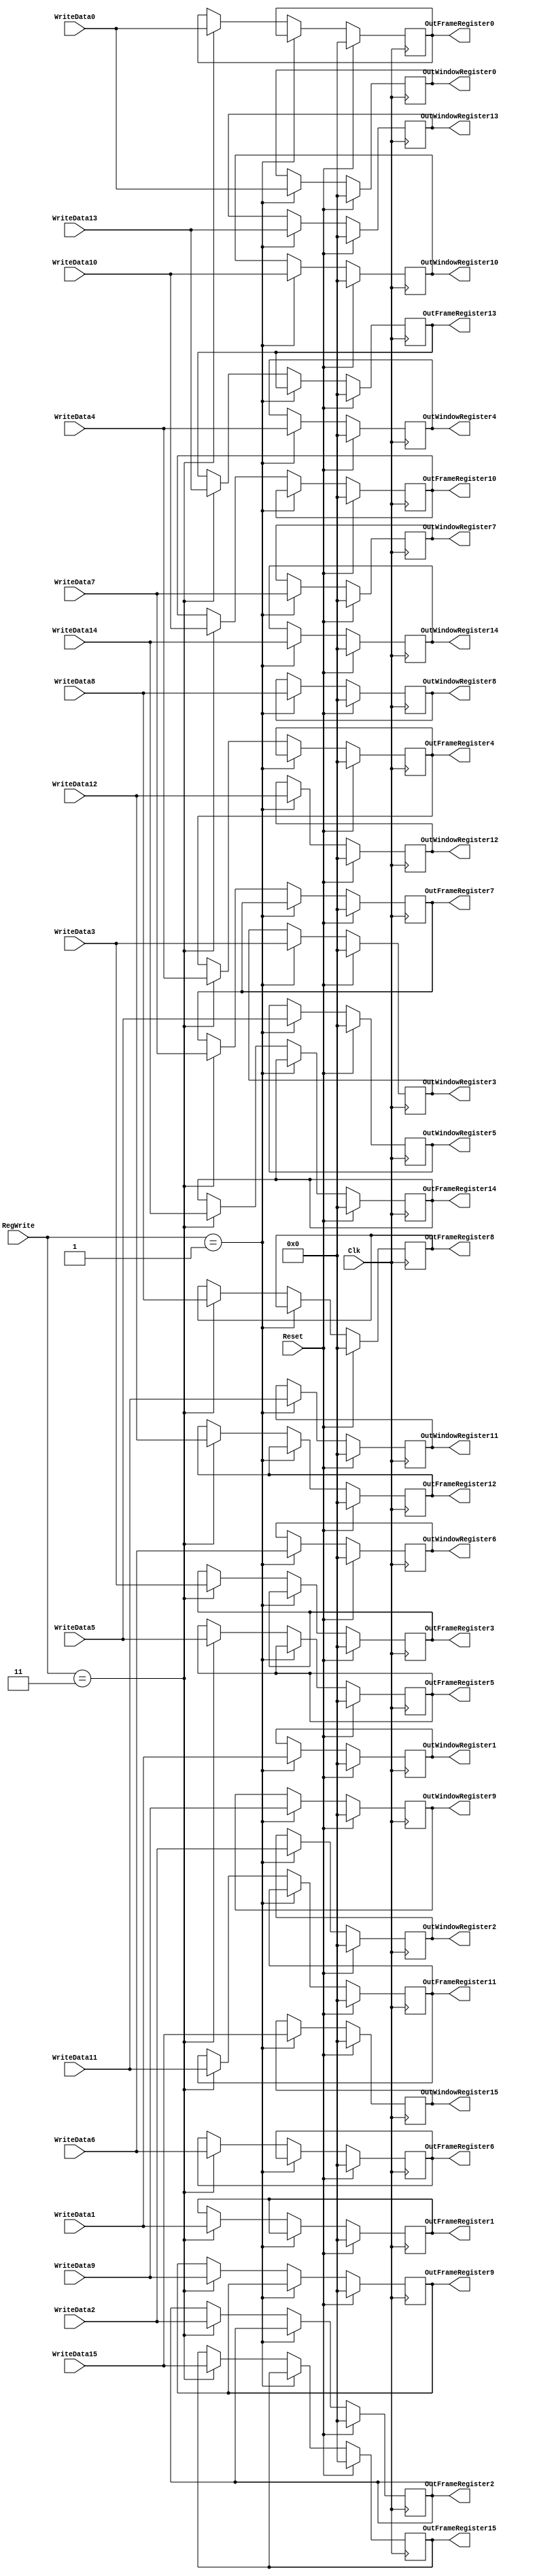
`timescale 1ns / 1ps

module SadRegister(
RegWrite,
Clk,
Reset,

WriteData0,
WriteData1,
WriteData2,
WriteData3,
WriteData4,
WriteData5,
WriteData6,
WriteData7,
WriteData8,
WriteData9,
WriteData10,
WriteData11,
WriteData12,
WriteData13,
WriteData14,
WriteData15,

OutWindowRegister0,
OutWindowRegister1,
OutWindowRegister2,
OutWindowRegister3,
OutWindowRegister4,
OutWindowRegister5,
OutWindowRegister6,
OutWindowRegister7,
OutWindowRegister8,
OutWindowRegister9,
OutWindowRegister10,
OutWindowRegister11,
OutWindowRegister12,
OutWindowRegister13,
OutWindowRegister14,
OutWindowRegister15,

OutFrameRegister0,
OutFrameRegister1,
OutFrameRegister2,
OutFrameRegister3,
OutFrameRegister4,
OutFrameRegister5,
OutFrameRegister6,
OutFrameRegister7,
OutFrameRegister8,
OutFrameRegister9,
OutFrameRegister10,
OutFrameRegister11,
OutFrameRegister12,
OutFrameRegister13,
OutFrameRegister14,
OutFrameRegister15

);

    input [31:0] WriteData0;
    input [31:0] WriteData1;
    input [31:0] WriteData2;
    input [31:0] WriteData3;
    input [31:0] WriteData4;
    input [31:0] WriteData5;
    input [31:0] WriteData6;
    input [31:0] WriteData7;
    input [31:0] WriteData8;
    input [31:0] WriteData9;
    input [31:0] WriteData10;
    input [31:0] WriteData11;
    input [31:0] WriteData12;
    input [31:0] WriteData13;
    input [31:0] WriteData14;
    input [31:0] WriteData15;

    output reg [31:0] OutWindowRegister0;
    output reg [31:0] OutWindowRegister1;
    output reg [31:0] OutWindowRegister2;
    output reg [31:0] OutWindowRegister3;
    output reg [31:0] OutWindowRegister4;
    output reg [31:0] OutWindowRegister5;
    output reg [31:0] OutWindowRegister6;
    output reg [31:0] OutWindowRegister7;
    output reg [31:0] OutWindowRegister8;
    output reg [31:0] OutWindowRegister9;
    output reg [31:0] OutWindowRegister10;
    output reg [31:0] OutWindowRegister11;
    output reg [31:0] OutWindowRegister12;
    output reg [31:0] OutWindowRegister13;
    output reg [31:0] OutWindowRegister14;
    output reg [31:0] OutWindowRegister15;
    
    output reg [31:0] OutFrameRegister0;
    output reg [31:0] OutFrameRegister1;
    output reg [31:0] OutFrameRegister2;
    output reg [31:0] OutFrameRegister3;
    output reg [31:0] OutFrameRegister4;
    output reg [31:0] OutFrameRegister5;
    output reg [31:0] OutFrameRegister6;
    output reg [31:0] OutFrameRegister7;
    output reg [31:0] OutFrameRegister8;
    output reg [31:0] OutFrameRegister9;
    output reg [31:0] OutFrameRegister10;
    output reg [31:0] OutFrameRegister11;
    output reg [31:0] OutFrameRegister12;
    output reg [31:0] OutFrameRegister13;
    output reg [31:0] OutFrameRegister14;
    output reg [31:0] OutFrameRegister15;
    
    input [1:0] RegWrite;
    input Clk;
    input Reset;
    
    integer i;

    reg [31:0] registers[31:0];

    initial begin
        for (i = 0; i < 32; i = i + 1) begin
            registers[i] <= 32'b0;
        end
 
    end

	always @(*) begin//every time a new posedge of clock is hit, execute inner loop.
	
        OutWindowRegister0 <= registers[0];
        OutWindowRegister1 <= registers[1];
        OutWindowRegister2 <= registers[2];
        OutWindowRegister3 <= registers[3];
        OutWindowRegister4 <= registers[4];
        OutWindowRegister5 <= registers[5];
        OutWindowRegister6 <= registers[6];
        OutWindowRegister7 <= registers[7];
        OutWindowRegister8 <= registers[8];
        OutWindowRegister9 <= registers[9];
        OutWindowRegister10 <= registers[10];
        OutWindowRegister11 <= registers[11];
        OutWindowRegister12 <= registers[12];
        OutWindowRegister13 <= registers[13];
        OutWindowRegister14 <= registers[14];
        OutWindowRegister15 <= registers[15];
	
        OutFrameRegister0 <= registers[16];
        OutFrameRegister1 <= registers[17];
        OutFrameRegister2 <= registers[18];
        OutFrameRegister3 <= registers[19];
        OutFrameRegister4 <= registers[20];
        OutFrameRegister5 <= registers[21];
        OutFrameRegister6 <= registers[22];
        OutFrameRegister7 <= registers[23];
        OutFrameRegister8 <= registers[24];
        OutFrameRegister9 <= registers[25];
        OutFrameRegister10 <= registers[26];
        OutFrameRegister11 <= registers[27];
        OutFrameRegister12 <= registers[28];
        OutFrameRegister13 <= registers[29];
        OutFrameRegister14 <= registers[30];
        OutFrameRegister15 <= registers[31];

	end
	always @(negedge Clk) begin
	
        if (Reset) begin
            for (i = 0; i < 32; i = i + 1) begin
                registers[i] <= 32'b0;
            end
        end
        
        //Window values
	    else if(RegWrite == 2'b01) begin
	    
	       registers[0] <= WriteData0;
	       registers[1] <= WriteData1;
	       registers[2] <= WriteData2;
	       registers[3] <= WriteData3;
	       registers[4] <= WriteData4;
	       registers[5] <= WriteData5;
	       registers[6] <= WriteData6;
	       registers[7] <= WriteData7;
	       registers[8] <= WriteData8;
	       registers[9] <= WriteData9;
	       registers[10] <= WriteData10;
	       registers[11] <= WriteData11;
	       registers[12] <= WriteData12;
	       registers[13] <= WriteData13;
	       registers[14] <= WriteData14;
	       registers[15] <= WriteData15;
	    end
	    
	    //Frame values
	    else if(RegWrite == 2'b11) begin
	    
	       registers[16] <= WriteData0;
	       registers[17] <= WriteData1;
	       registers[18] <= WriteData2;
	       registers[19] <= WriteData3;
	       registers[20] <= WriteData4;
	       registers[21] <= WriteData5;
	       registers[22] <= WriteData6;
	       registers[23] <= WriteData7;
	       registers[24] <= WriteData8;
	       registers[25] <= WriteData9;
	       registers[26] <= WriteData10;
	       registers[27] <= WriteData11;
	       registers[28] <= WriteData12;
	       registers[29] <= WriteData13;
	       registers[30] <= WriteData14;
	       registers[31] <= WriteData15;

	       
	   end
	   
	end

endmodule